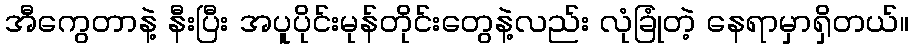
အီကွေတာနဲ့ နီးပြီး အပူပိုင်းမုန်တိုင်းတွေနဲ့လည်း လုံခြုံတဲ့ နေရာမှာရှိတယ်။